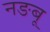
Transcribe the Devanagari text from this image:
नङबू